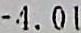
-4.01